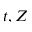
t , Z